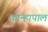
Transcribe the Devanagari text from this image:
कान्हापाल